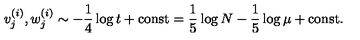
v _ { j } ^ { ( i ) } , w _ { j } ^ { ( i ) } \sim - \frac { 1 } { 4 } \log t + \mathrm { c o n s t } = \frac { 1 } { 5 } \log N - \frac { 1 } { 5 } \log \mu + \mathrm { c o n s t } .